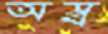
অস্ব